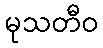
မုသတီဝ